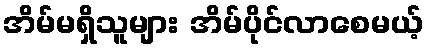
အိမ်မရှိသူများ အိမ်ပိုင်လာစေမယ့်